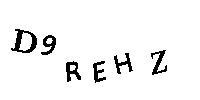
D9REHZ